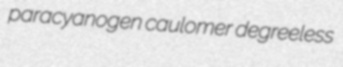
paracyanogen caulomer degreeless